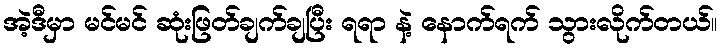
အဲ့ဒီမှာ မင်မင် ဆုံးဖြတ်ချက်ချပြီး ရရာ နဲ့ နောက်ရက် သွားလိုက်တယ်။